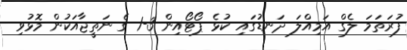
ފުރަތަމަ ލެގް އަމިއްލަ ދަނޑުގައި ކުޅެ ޕޯޓޯއިން 3-1 ގެ ނަތީޖާއަކުން މޮޅުވި